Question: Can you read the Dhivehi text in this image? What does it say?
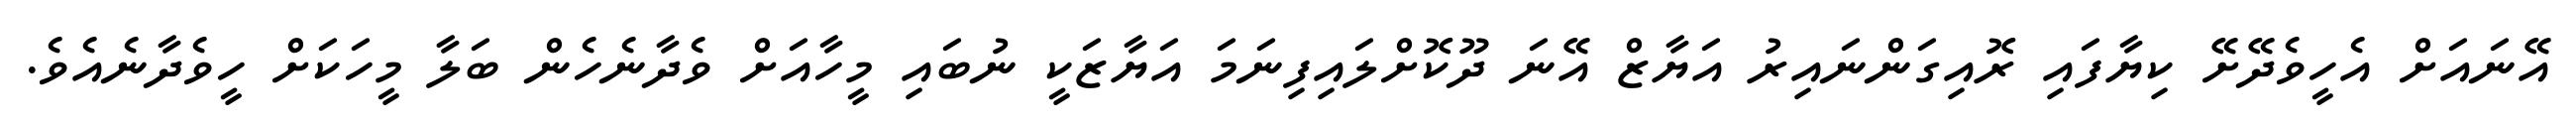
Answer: އޭނައަށް އެހީވެދޭށޭ ކިޔާފައި ރޮއިގަންނައިރު އަޔާޒް އޭނަ ދޫކޮށްލައިފިނަމަ އަޔާޒަކީ ނުބައި މީހާއަށް ވެދާނެހެން ބަލާ މީހަކަށް ހީވެދާނެއެވެ.